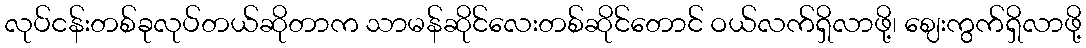
လုပ်ငန်းတစ်ခုလုပ်တယ်ဆိုတာက သာမန်ဆိုင်လေးတစ်ဆိုင်တောင် ဝယ်လက်ရှိလာဖို့၊ ဈေးကွက်ရှိလာဖို့